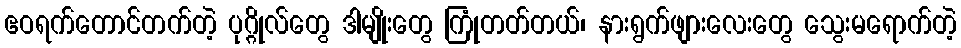
ဧဝရက်တောင်တက်တဲ့ ပုဂ္ဂိုလ်တွေ ဒါမျိုးတွေ ကြုံတတ်တယ်၊ နားရွက်ဖျားလေးတွေ သွေးမရောက်တဲ့